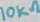
Text: 10KΩ